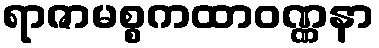
ရာဇာမစ္စကထာဝဏ္ဏနာ